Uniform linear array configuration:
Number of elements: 16
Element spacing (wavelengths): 1
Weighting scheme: hamming
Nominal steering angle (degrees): -30
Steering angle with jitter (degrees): -29.671
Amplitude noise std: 0.05
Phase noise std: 0.05

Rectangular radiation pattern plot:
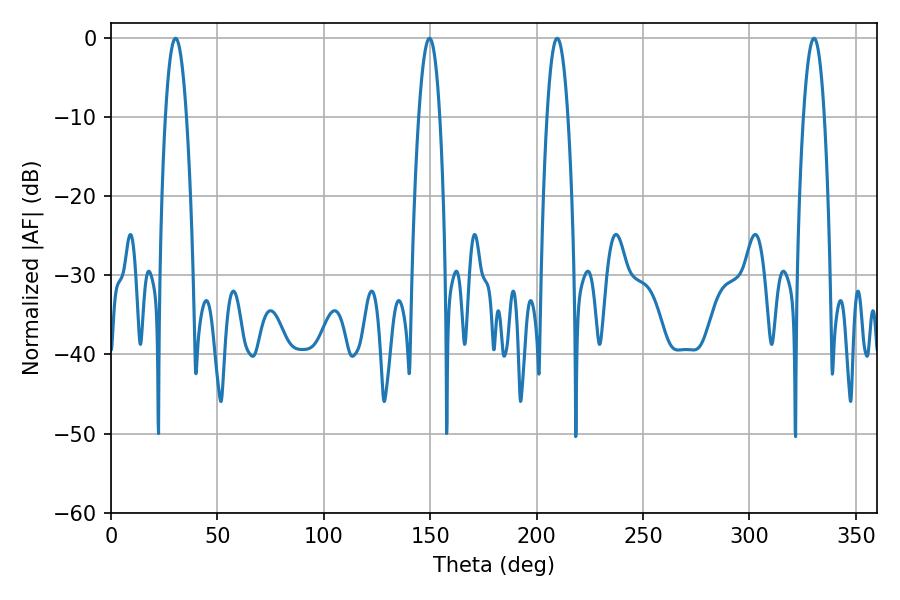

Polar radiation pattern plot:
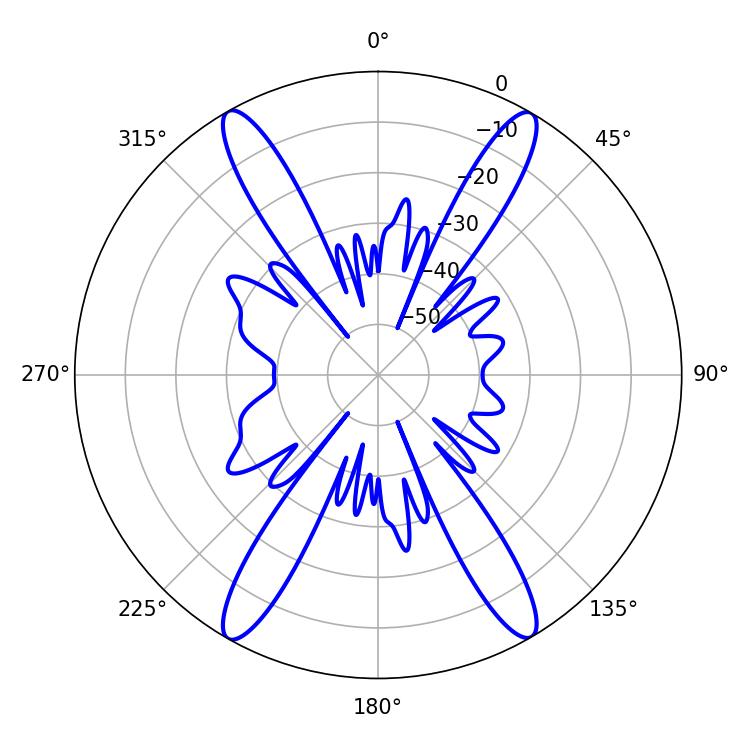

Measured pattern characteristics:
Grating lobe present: TRUE
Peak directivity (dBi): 29.802
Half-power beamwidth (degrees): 5.4
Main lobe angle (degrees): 209.7